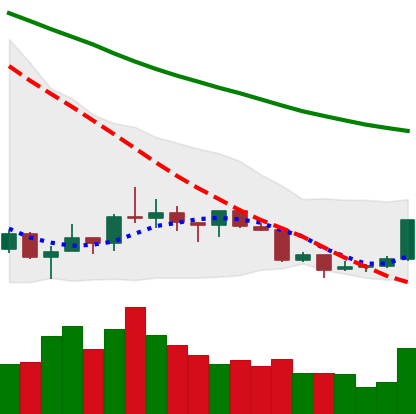
Ticker: XRP-USD
Chart end date: 2018-07-16
Forward return: -5.79%
Label: down_5_7